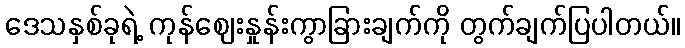
ဒေသနှစ်ခုရဲ့ ကုန်ဈေးနှုန်းကွာခြားချက်ကို တွက်ချက်ပြပါတယ်။